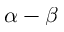
\alpha - \beta